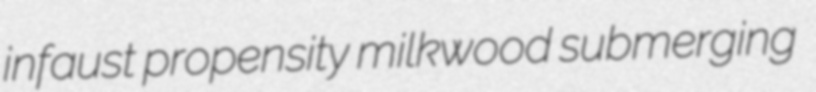
infaust propensity milkwood submerging